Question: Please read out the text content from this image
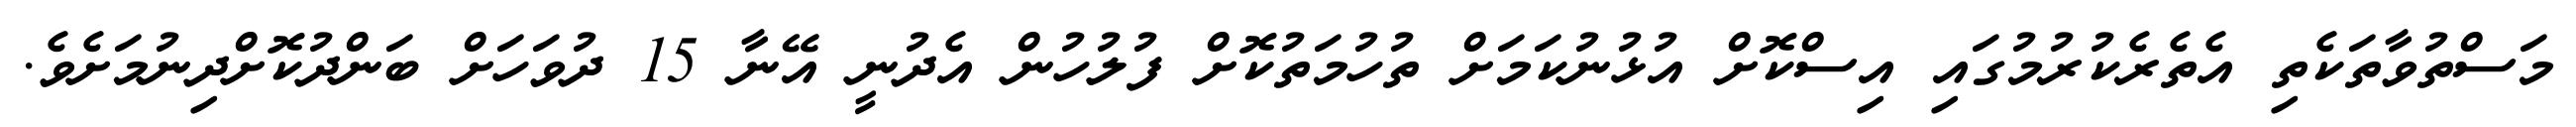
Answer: މަސްތުވާތަކެތި އެތެރެކުރުމުގައި އިސްކޮށް އުޅުނުކަމަށް ތުހުމަތުކޮށް ފުލުހުން އެދުނީ އޭނާ 15 ދުވަހަށް ބަންދުކޮށްދިނުމަށެވެ.